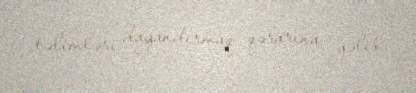
təlimləri dayandırmaq qərarına gəlib.